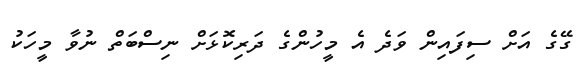
ގޭގެ އަށް ސިފައިން ވަދެ އެ މީހުންގެ ދަރިކޮޅަށް ނިސްބަތް ނުވާ މީހަކު